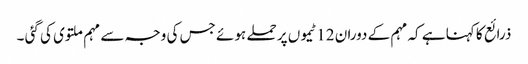
ذرائع کا کہنا ہے کہ مہم کے دوران 12 ٹیموں پر حملے ہوئے جس کی وجہ سے مہم ملتوی کی گئی ۔